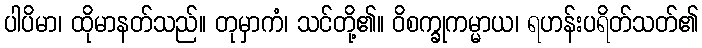
ပါပိမာ၊ ထိုမာနတ်သည်။ တုမှာကံ၊ သင်တို့၏။ ဝိစက္ခုကမ္မာယ၊ ရဟန်းပရိတ်သတ်၏